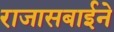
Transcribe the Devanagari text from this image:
राजासबाईने